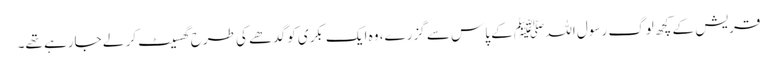
قریش کے کچھ لوگ رسول اللہ ﷺ کے پاس سے گزرے، وہ ایک بکری کو گدھے کی طرح گھسیٹ کر لے جارہے تھے۔